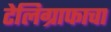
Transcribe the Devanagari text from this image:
टेलिग्राफाचा